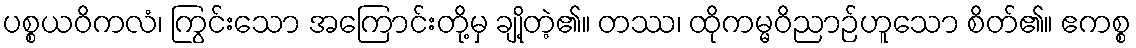
ပစ္စယဝိကလံ၊ ကြွင်းသော အကြောင်းတို့မှ ချို့တဲ့၏။ တဿ၊ ထိုကမ္မဝိညာဉ်ဟူသော စိတ်၏။ ဧကစ္စ